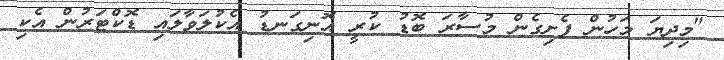
"މިދިޔަ މަހުން ފެށިގެން މުސާރަ ބޮޑު ކުރީ އޮނިގަނޑު އެކުލަވާލައި ޑޮކްޓަރުން އެކި